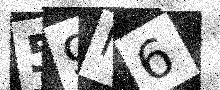
Text: 59N6